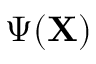
\Psi ( \mathbf { X } )